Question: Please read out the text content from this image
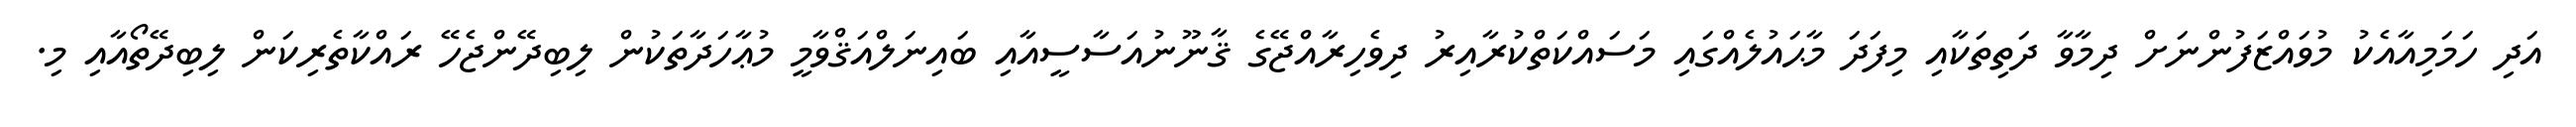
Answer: އަދި ހަމަމިއާއެކު މުވައްޒަފުންނަށް ދިމާވާ ދަތިތަކާއި މިފަދަ މާޙައުލެއްގައި މަސައްކަތްކުރާއިރު ދިވެހިރާއްޖޭގެ ޤާނޫނުއަސާސީއާއި ބައިނަލްއަޤްވާމީ މުޢާހަދާތަކުން ލިބިދޭންޖެހޭ ރައްކާތެރިކަން ލިބިދޭތޯއާއި މި.